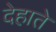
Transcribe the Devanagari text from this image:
देहाते